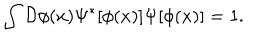
LaTeX: \int { \cal { D } } \phi ( x ) \Psi ^ { \ast } [ \phi ( x ) ] \Psi [ \phi ( x ) ] = 1 .